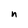
Character: n